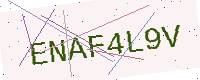
Text: ENAF4L9V